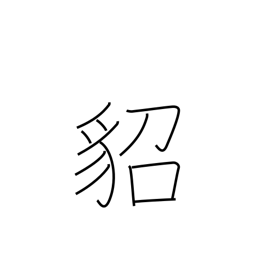
Meaning: marten